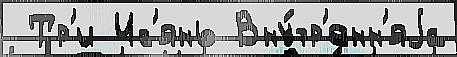
 Тр'и Ис'янь Вну́тр'енн'яjа